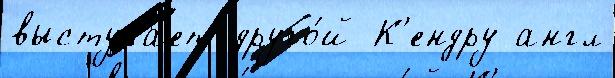
выступа́ет друго́й К'ендру англ